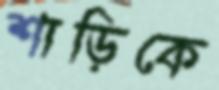
শাড়িকে